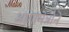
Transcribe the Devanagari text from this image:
आगामेन्नोने